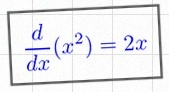
\frac{d}{dx}(x^2)=2x